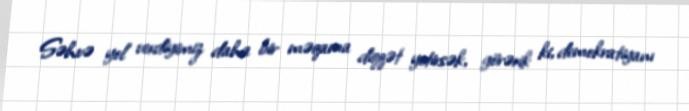
Səhvə yol verdiyimiz daha bir məqama diqqət yetirsək, görərik ki, demokratiyanı